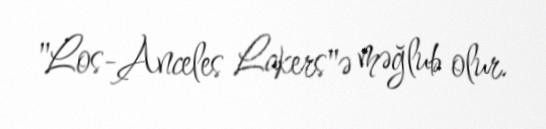
"Los-Anceles Lakers"ə məğlub olur.